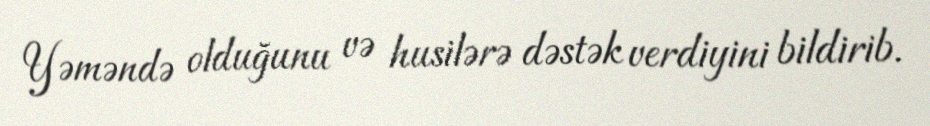
Yəməndə olduğunu və husilərə dəstək verdiyini bildirib.